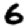
Digit: 6